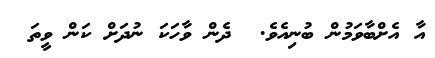
އާ އެށްބާވަމުން ބުނިއެވެ.  ދެން ވާހަކަ ނުދަށް ކަން ވީތަ